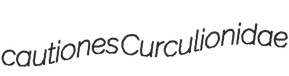
cautiones Curculionidae